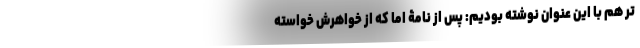
تر هم با این عنوان نوشته بودیم: پس از نامۀ اما که از خواهرش خواسته